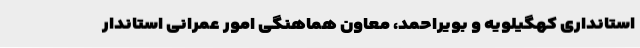
استانداری کهگیلویه و بویراحمد، معاون هماهنگی امور عمرانی استاندار